Virumaa_algkoolid, lk 63
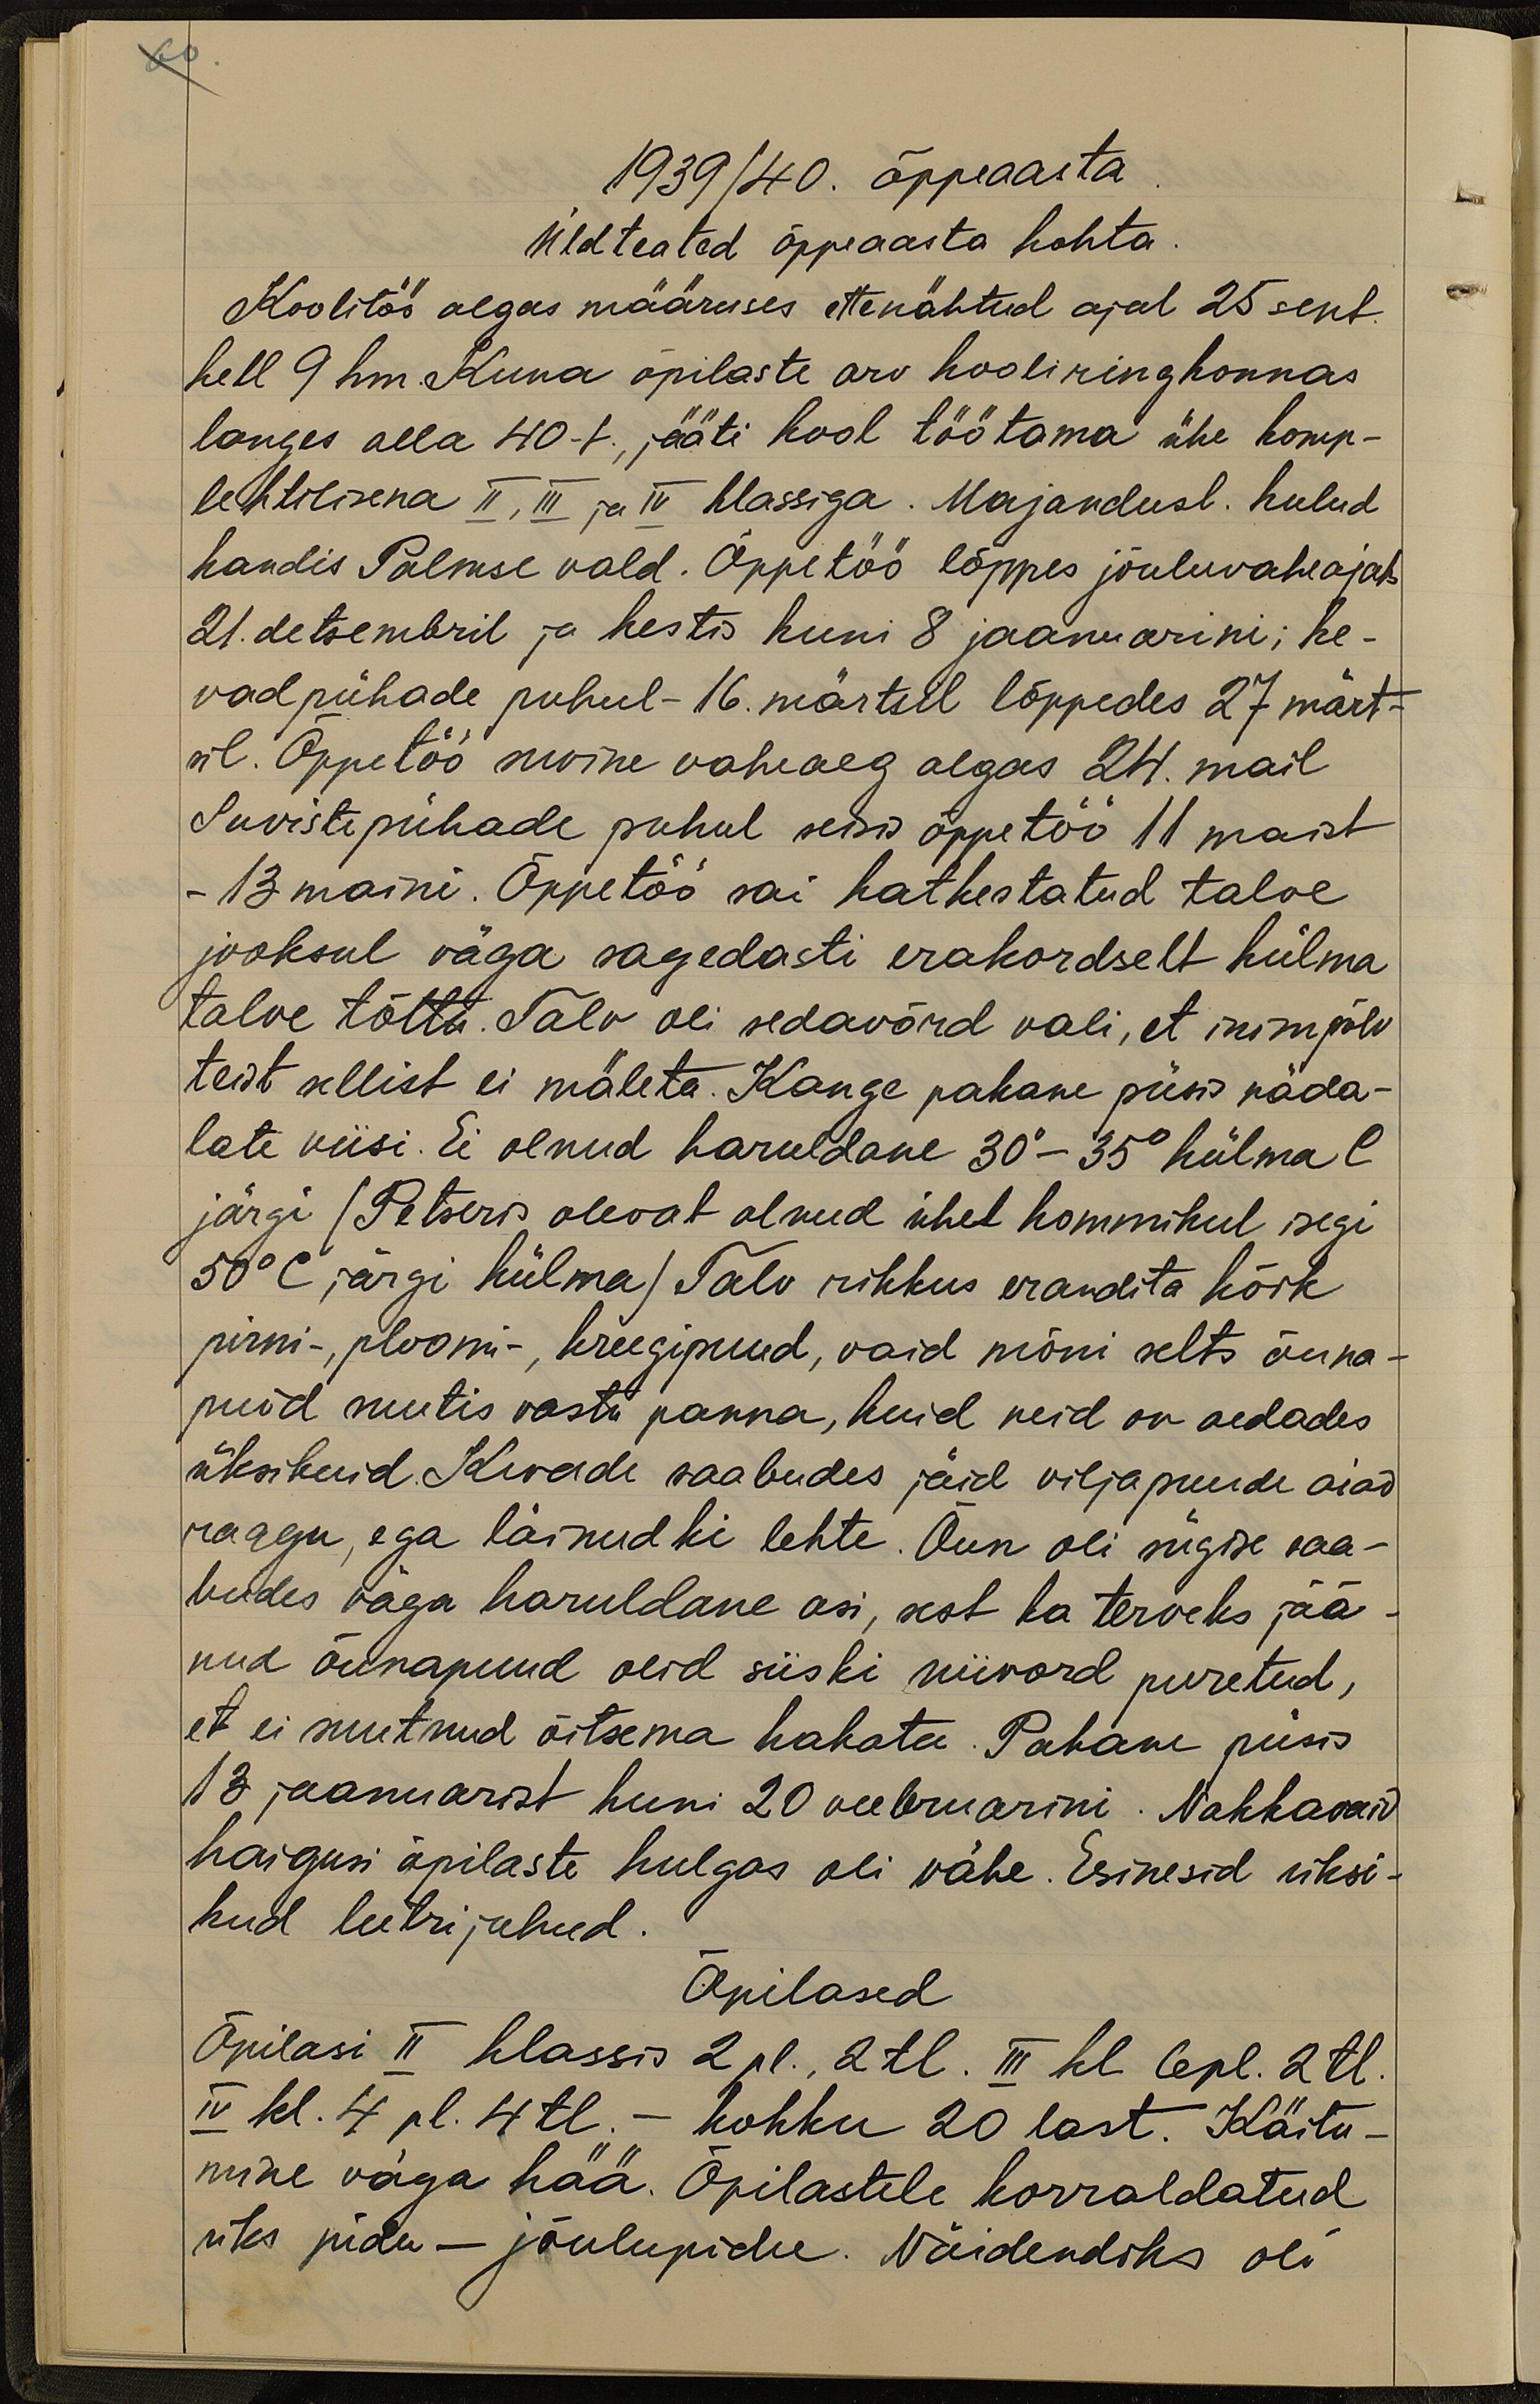
60
1939/40. õppeaasta
Üldteated õppeaasta kohta
Koolitöö algas määruses ettenähtud ajal 25 sent.
kell 9 hm. Kuna õpilaste arv kooliringkonnas
langes alla 40-t., jääti kool töötama ühe komp-
lektilisena II, III ja IV klassiga. Majandusl. kulud
kandis Palmse vald. Õppetöö lõppes jõuluvaheajaks.
21. detsembril ja kestis kuni 8 jaanuarini; ke-
vad pühade puhul - 16. märtsil lõppedes 27 märt-
sil. Õppetöö suvine vaheaeg algas 24. mail
Suvistepühade puhul seisis õppetöö 11 maist
- 13 maini. Õppetöö sai katkestatud talve
jooksul väga sagedasti erakordselt külma
talve tõttu. Talv oli sedavõrd vali, et inimpõlv
teist sellist ei mäleta. Kange pakane püsis näda-
late viisi. Ei olnud haruldane 30° - 35° külma C.
järgi (Petseris olevat olnud ühel hommikul isegi
50° C järgi külma) Talv rikkus erandita kõik
pirni-, ploomi-, kreegipuud, vaid mõni selts õuna-
puid suutis vastu panna, kuid neid on aedades
üksikuid. Kevade saabudes jäid viljapuude aiad
raagu, ega läinudki lehte. Õun oli sügise saa-
budes väga haruldane asi, sest ka terveks jää-
nud õunapuud olid siiski niivord puretud,
et ei suutnud õitsema hakata. Pakane püsis
13 jaanuarist kuni 20 veebruarini. Nakkuvaid
haigusi õpilaste hulgas oli vähe. Esinesid üksi-
kud leetrijuhud.
Õpilased
Õpilasi II klassis 2 pl. 2tl. III kl. 6 pl. 2 tl.
IV kl. 4 pl. 4 tl. - kokku 20 last. Käitu-
mine väga hää. Õpilastele korraldatud
üks pidu - jõulupidu. Näidendiks oli